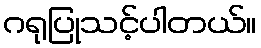
ဂရုပြုသင့်ပါတယ်။